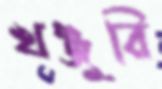
খঞ্জুরি